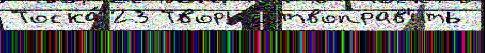
Тоска́ 23 Творчествоправ'ить